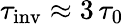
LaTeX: \tau_{\mathrm{inv}}\approx 3\, \tau_{0}